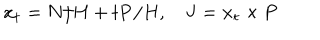
{ \bf x _ { t } } = { \bf N } / H + t { \bf P } / H , \quad { \bf J } = { \bf x _ { t } } \times { \bf P }